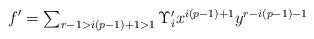
LaTeX: \begin{align*}f' \textstyle = \sum_{r - 1 > i(p-1) + 1 > 1} \Upsilon_i' x^{i(p-1)+1}y^{r-i(p-1)-1}\end{align*}